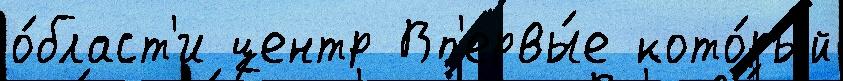
о́бласт'и центр Вп'ервы́е кото́рый